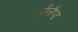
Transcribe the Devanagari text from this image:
ईंग्लैण्ड